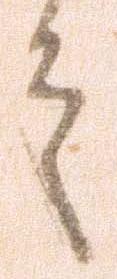
言